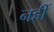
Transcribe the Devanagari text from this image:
नहीं